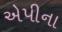
એપીના